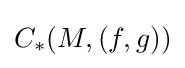
C_{*}(M,(f,g))